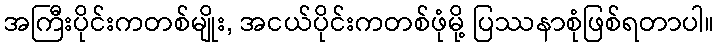
အကြီးပိုင်းကတစ်မျိုး, အငယ်ပိုင်းကတစ်ဖုံမို့ ပြဿနာစုံဖြစ်ရတာပါ။